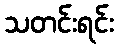
သတင်းရင်း